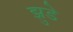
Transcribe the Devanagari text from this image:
झुडे